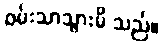
ဝမ်းသာသွားမိ သည်။